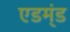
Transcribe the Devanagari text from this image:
एडम्ंड